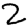
Digit: 2